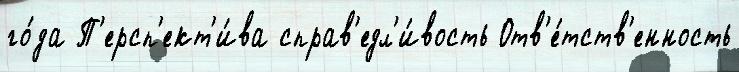
го́да П'ерсп'ект'и́ва справ'едл'и́вость Отв'е́тств'енность